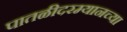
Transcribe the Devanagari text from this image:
पातळीदरम्यानच्या